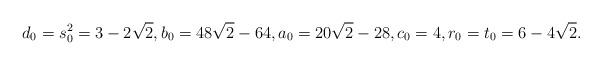
LaTeX: \begin{align*}d_0 =s_0^2=3-2 \sqrt 2, b_0=48\sqrt 2-64, a_0=20\sqrt 2-28, c_0=4, r_0=t_0=6-4 \sqrt 2.\end{align*}